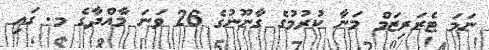
ނަމަ ޓެރަރިޒަމް މަނާ ކުރުމުގެ ގާނޫނުގެ 26 ވަނަ މާއްދާގެ މ. ގައި